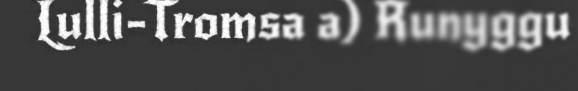
Lulli-Tromsa a) Runyggu